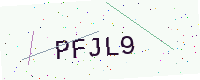
Text: PFJL9